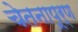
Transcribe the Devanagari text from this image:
चेतनापूर्ण